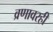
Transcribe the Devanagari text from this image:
व्रणावरही